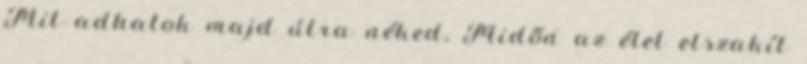
Mit adhatok majd útra néked, Midőn az élet elszakít